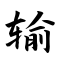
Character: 输